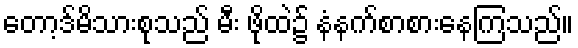
တော့ဒ်မိသားစုသည် မီး ဖိုထဲ၌ နံနက်စာစားနေကြသည်။